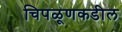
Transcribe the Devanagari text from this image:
चिपळूणकडील